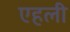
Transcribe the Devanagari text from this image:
एहली